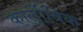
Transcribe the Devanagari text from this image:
कार्लोविक